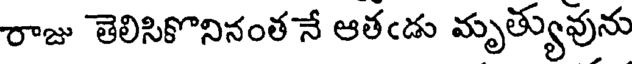
రాజు తెలిసికొనినంత నే ఆతఁడు మృత్యువును